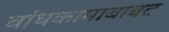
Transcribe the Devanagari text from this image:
बांधकामाबाबत